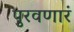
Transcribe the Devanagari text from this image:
पुरवणारं